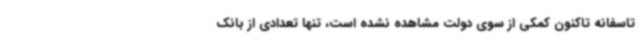
تاسفانه تاکنون کمکی از سوی دولت مشاهده نشده است، تنها تعدادی از بانک